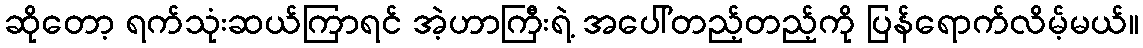
ဆိုတော့ ရက်သုံးဆယ်ကြာရင် အဲ့ဟာကြီးရဲ့ အပေါ်တည့်တည့်ကို ပြန်ရောက်လိမ့်မယ်။